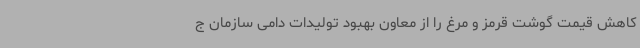
کاهش قیمت گوشت قرمز و مرغ را از معاون بهبود تولیدات دامی سازمان ج